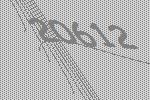
20612